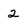
Character: 2